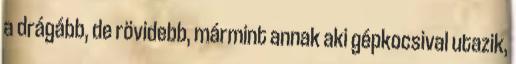
a drágább, de rövidebb, mármint annak aki gépkocsival utazik,